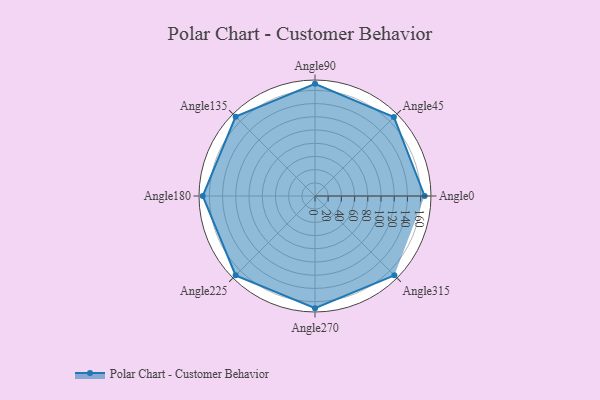
{"axis": {"x": "Angle", "y": "Radius"}, "legend": [""], "data": [{"x": "Angle0", "y": 166.0, "type": ""}, {"x": "Angle45", "y": 169.0, "type": ""}, {"x": "Angle90", "y": 170, "type": ""}, {"x": "Angle135", "y": 170, "type": ""}, {"x": "Angle180", "y": 170, "type": ""}, {"x": "Angle225", "y": 170, "type": ""}, {"x": "Angle270", "y": 170, "type": ""}, {"x": "Angle315", "y": 170, "type": ""}]}